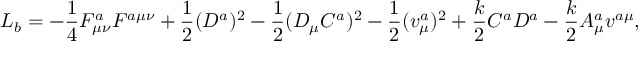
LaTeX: { \cal L } _ { b } = - \frac { 1 } { 4 } F _ { \mu \nu } ^ { a } F ^ { a \mu \nu } + \frac { 1 } { 2 } ( D ^ { a } ) ^ { 2 } - \frac { 1 } { 2 } ( D _ { \mu } C ^ { a } ) ^ { 2 } - \frac { 1 } { 2 } ( v _ { \mu } ^ { a } ) ^ { 2 } + \frac { k } { 2 } C ^ { a } D ^ { a } - \frac { k } { 2 } A _ { \mu } ^ { a } v ^ { a \mu } ,